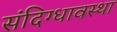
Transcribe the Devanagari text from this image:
संदिग्धावस्था